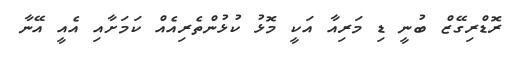
ރޮޑްރިގޭޒް ބުނީ ޑި މަރިއާ އަކީ މޮޅު ކުޅުންތެރިއެއް ކަމަށާއި އެއީ އޭނާ